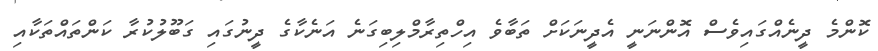
ކޮންމެ ދީނެއްގައިވެސް އޮންނަނީ އެދީނަކަށް ތަބާވެ އިހްތިރާމްލިބިގަނެ އަނެކާގެ ދީނުގައި ގަބޫލުކުރާ ކަންތައްތަކާއި